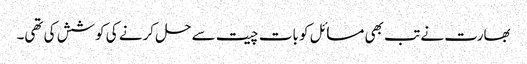
بھارت نے تب بھی مسائل کو بات چیت سے حل کرنے کی کوشش کی تھی۔